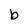
Character: b